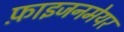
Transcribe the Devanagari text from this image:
फ़ाइजनमेयर